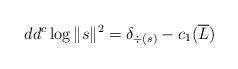
LaTeX: \begin{align*} dd^c \log \|s\|^2 = \delta_{\div(s)} -c_1(\overline{L}) \end{align*}